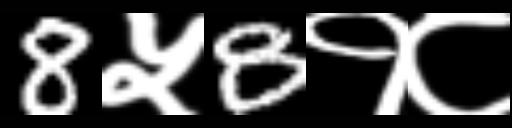
Text: 8५8१८